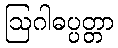
ဩဂါဓပ္ပတ္တာ